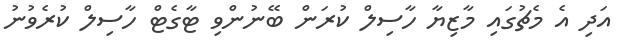
އަދި އެ މެޗުގައި މާޒިޔާ ހާސިލް ކުރަން ބޭނުންވި ޓާގެޓް ހާސިލް ކުރެވުނު